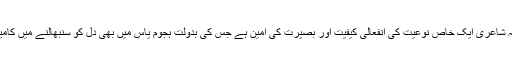
ان کی ظریفانہ شاعری ایک خاص نوعیت کی انفعالی کیفیت اور بصیرت کی امین ہے جس کی بدولت ہجوم یاس میں بھی دل کو سنبھالنے میں کامیابی ہوتی ہے۔